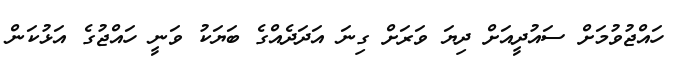
ހައްޖުވުމަށް ސައުދީއަށް ދިޔަ ވަރަށް ގިނަ އަދަދެއްގެ ބަޔަކު ވަނީ ހައްޖުގެ އަޅުކަން